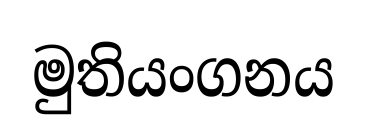
මුතියංගනය